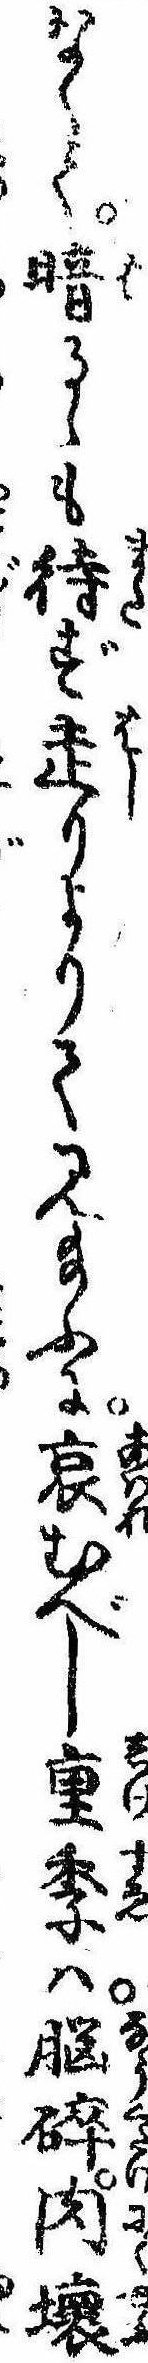
なくて晴るゝも待ず走りよりて見給ふに哀むべし重季は脳砕肉壊